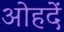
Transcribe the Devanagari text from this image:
ओहदें